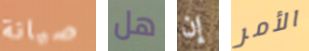
صيانة هل إن الأمر